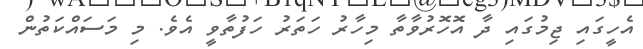
އެހީގައި ޖިމުގައި ދާ އޮހޮރުވާތާ މިހާރު ހަތަރު ހަފުތާވީ އެވެ. މި މަސައްކަތުން